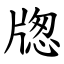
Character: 牎